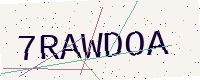
Text: 7RAWDOA